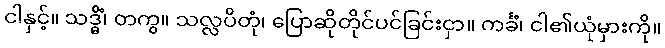
ငါနှင့်။ သဒ္ဓိံ၊ တကွ။ သလ္လပိတုံ၊ ပြောဆိုတိုင်ပင်ခြင်းငှာ။ ကင်္ခံ၊ ငါ၏ယုံမှားကို။